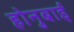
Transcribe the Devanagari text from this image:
होनुबाई